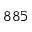
8 8 5